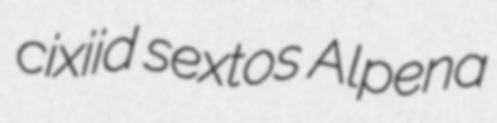
cixiid sextos Alpena